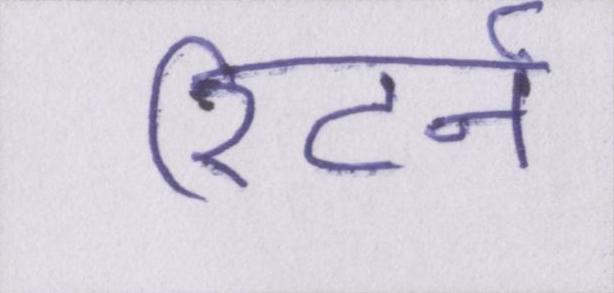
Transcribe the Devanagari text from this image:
रिटर्न